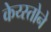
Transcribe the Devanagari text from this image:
केय्स्तोने